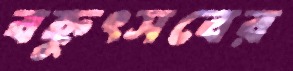
বহ্নুৎসবের